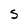
Character: S